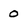
Character: 0